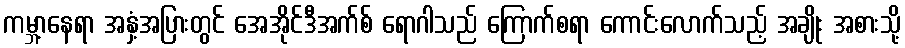
ကမ္ဘာ့နေရာ အနှံ့အပြားတွင် အေအိုင်ဒီအက်စ် ရောဂါသည် ကြောက်စရာ ကောင်းလောက်သည့် အချိုး အစားသို့